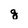
Character: g